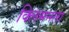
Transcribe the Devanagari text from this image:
क्लिमनला